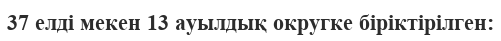
37 елді мекен 13 ауылдық округке біріктірілген: